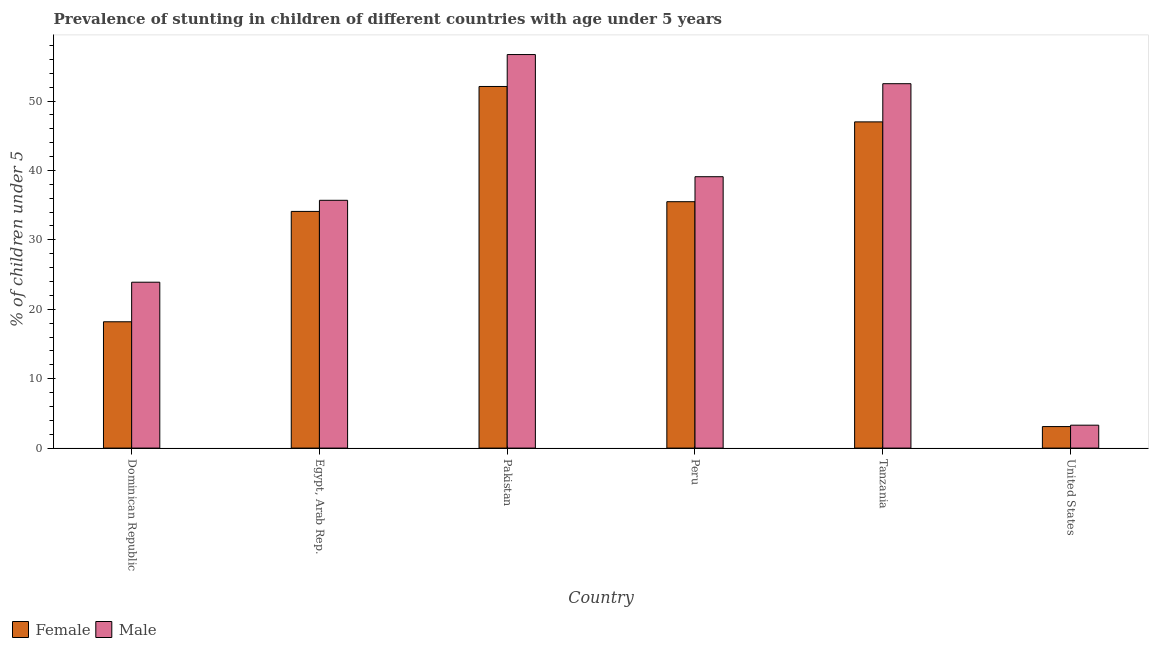
| Country | Female | Male |
 | --- | --- | --- |
 | Dominican Republic | 18.2 | 23.9 |
 | Egypt, Arab Rep. | 34.1 | 35.7 |
 | Pakistan | 52.1 | 56.7 |
 | Peru | 35.5 | 39.1 |
 | Tanzania | 47 | 52.5 |
 | United States | 3.1 | 3.3 |